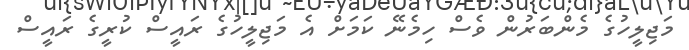
މަޖިލީހުގެ މެންބަރުން ވެސް ހިމެނޭ ކަމަށް އެ މަޖިލީހުގެ ރައީސް ކުރީގެ ރައީސް